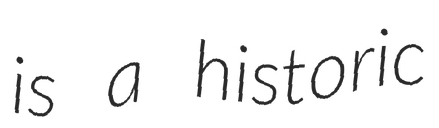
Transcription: is a historic